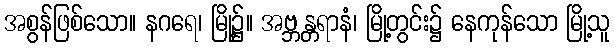
အစွန်ဖြစ်သော။ နဂရေ၊ မြို့၌။ အဗ္ဘန္တရာနံ၊ မြို့တွင်း၌ နေကုန်သော မြို့သူ